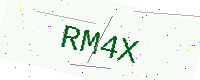
Text: RM4X